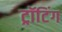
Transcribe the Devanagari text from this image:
ट्रॉटिंग